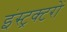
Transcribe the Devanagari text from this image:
इंस्ट्रक्टरों